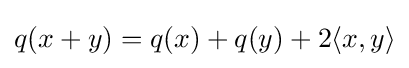
q(x+y)=q(x)+q(y)+2\langle x,y\rangle